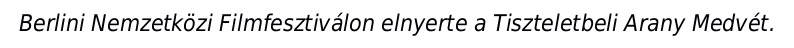
Berlini Nemzetközi Filmfesztiválon elnyerte a Tiszteletbeli Arany Medvét.